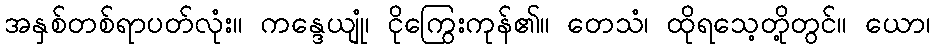
အနှစ်တစ်ရာပတ်လုံး။ ကန္ဒေယျုံ၊ ငိုကြွေးကုန်၏။ တေသံ၊ ထိုရသေ့တို့တွင်။ ယော၊